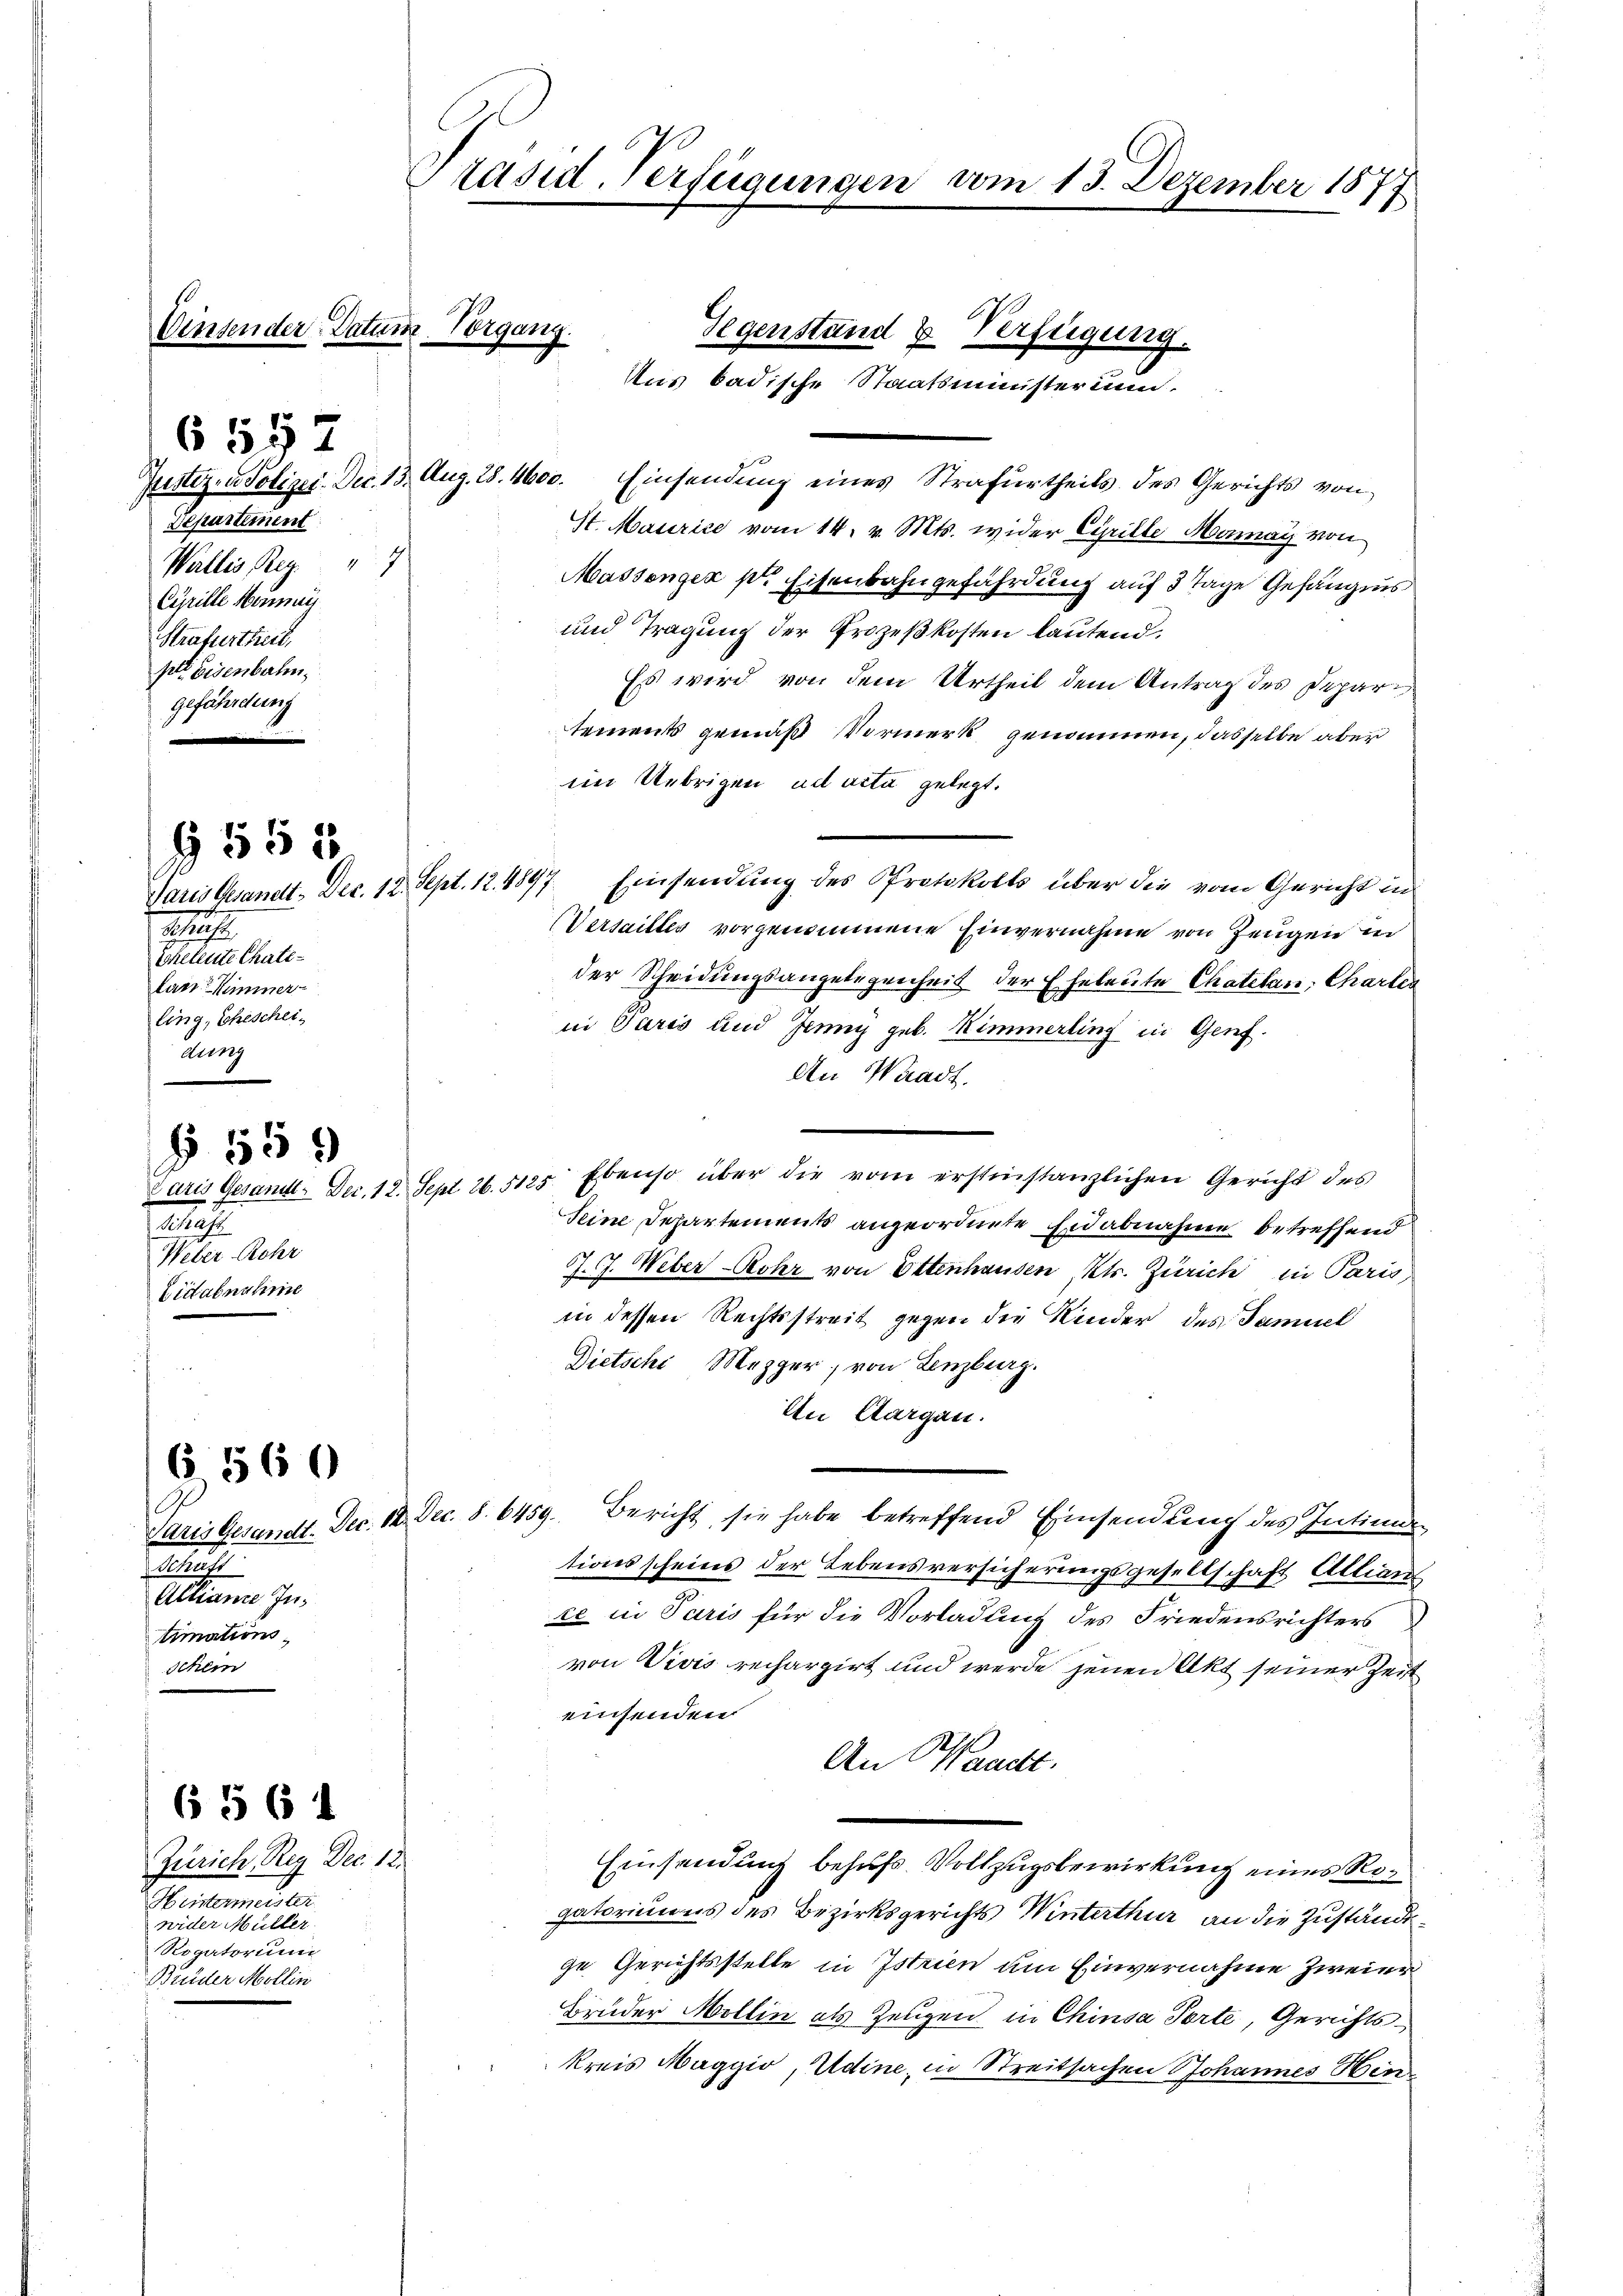
A.

G 555

§ 559

6 560

6 5 6 1

üder Datum Vorg

6557
Separtement
Wallis Reg. 7
Cyrille Hermag
Strafurtheit,
per Eisenbahn,
gefährdung

M
Schellirte Chatelan. Himmer
ling, Eheschei¬
Aung

Schaft
Weber Rohr
Liitabnahme

Präsid-Verfügungen vom 15. Dezember 1877

Schust
Alliane Intimations,
Keilen

Zürich, Reg. Dec. 12.
Hiistermeister
wider Müller
Rogatorium
Bilder Mollin

Justiz- u Polizei. Dec. 13. Aug. 28. 4600. Einsendung eines Strafurtheils des Gerichts von
St. Maurice vom 14. v. Mts. wider Cyrille Monay von
Massengen pr Eisenbahngefährdung auf 3 Tage Gefängnis
und Tragung der Prozeßkosten lautend.
Es wird von dem Urtheil dem Antrag des Departements gemäß Vormerk genommen, dasselbe aber
im Uebrigen ad acta gelegt.
Paris Gesandt. Dec. 12. Sept. 12. 4897. Einsendung des Protokolls über die vom Gericht in
Versailles vorgenommene Einvernahme von Zeugen in
der Scheidungsangelegenheit der Eheleute Chatelan; Charten
in Paris und Jenny geb. Nimmerling in Genf.
An Waadt.
Curis Gesamt-Dec. 12. Sept. 26. 5125. Ebenso über die vom erstinstanzlichen Gericht des
Seine Departements angeordnete Eidabnahme betreffend
J. J. Weber-Rohr von Ottenhausen, Kts. Zürich in Paris,
in dessen Rechtsstreit gegen die Kinder des Samuel
Dietschi, Mezger, von Lenzburg.
An Aargau.
Paris Gesandt. Dec. 12. Dec. 8. 6459. Bericht sie habe betreffend Einsendung des Intima
tionsscheins der Lebensversicherungsgesellschaft Allian
ce in Paris für die Vorladung des Friedensrichters
von Vivis rechargirt und werde jenen Akt seiner Zeit
einsenden
An Waadt.
Einsendung behufs Vollzugsbewirkung eines Rogatoriums des Bezirksgerichts Winterthur an die Zuständege Gerichtsstelle in Istrien um Einvernahme zweier
Bruder Mollin als Zeugen in Chinsa Torte, Gerichtskreis Maggio, Adine, in Streitsachen Johannes Hin¬

Gegenstand u Verfügung.
Uns badische Staatsministerunm